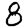
Digit: 8